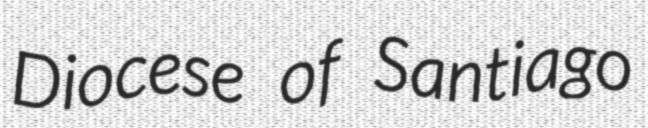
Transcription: Diocese of Santiago